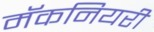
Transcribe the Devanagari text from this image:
मॅकनियरी